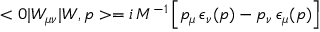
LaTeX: < 0 | W _ { \mu \nu } | W , p > = i \, M ^ { - 1 } \left[ p _ { \mu } \, \epsilon _ { \nu } ( p ) - p _ { \nu } \, \epsilon _ { \mu } ( p ) \right]